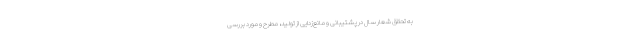
به تحقق شعار سال در پشتیبانی و مانع‌زدایی از تولید، مطرح و مورد بررسی